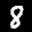
Label: 8